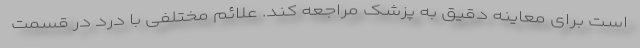
است برای معاینه دقیق به پزشک مراجعه کند. علائم مختلفی با درد در قسمت